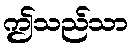
ဤသည်သာ